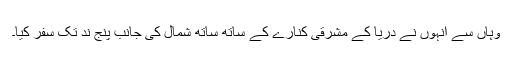
وہاں سے انہوں نے دریا کے مشرقی کنارے کے ساتھ ساتھ شمال کی جانب پنج ند تک سفر کیا۔